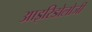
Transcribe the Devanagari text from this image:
आइरिडोलोजी